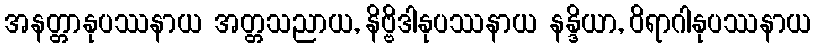
အနတ္တာနုပဿနာယ အတ္တသညာယ, နိဗ္ဗိဒါနုပဿနာယ နန္ဒိယာ, ဝိရာဂါနုပဿနာယ